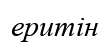
еритін